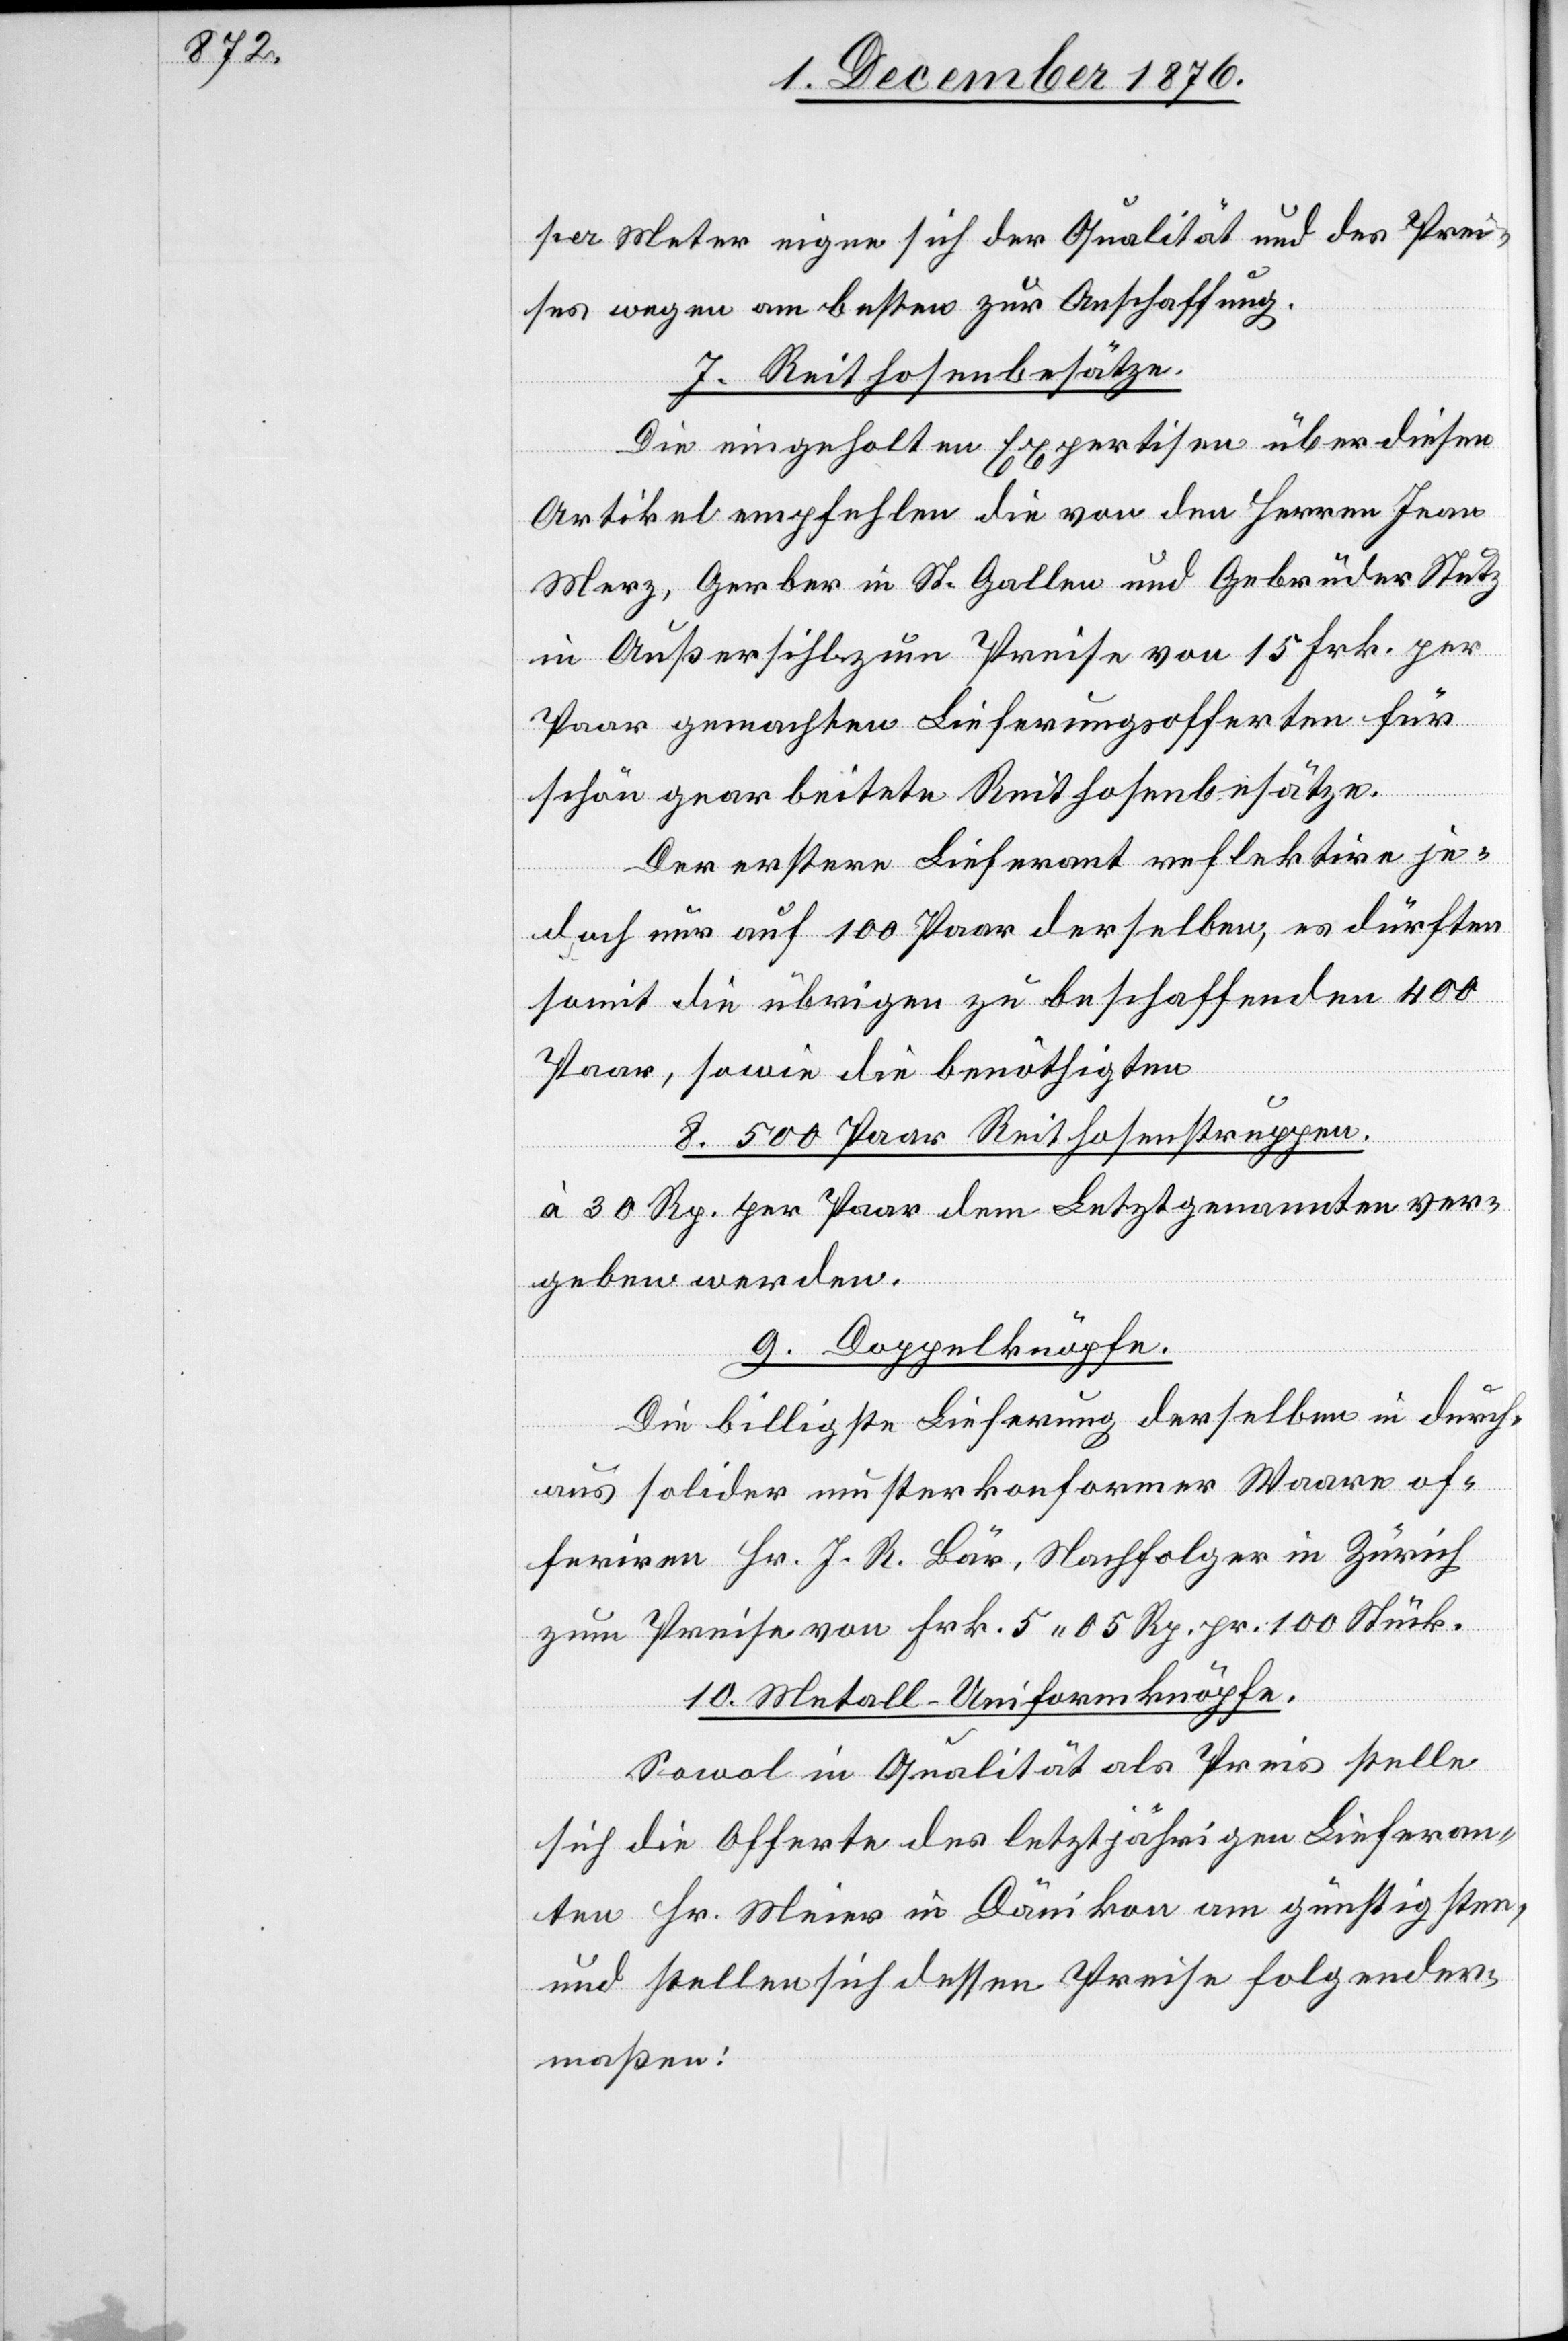
per Meter eigne sich der Qualität und des Prei¬
ses wegen am besten zur Anschaffung.
7. Reithosenbesätze.
Die eingeholten Expertisen über diesen
Artikel empfehlen die von den Herren Jean
Merz, Gerber in St. Gallen und Gebrüder Stutz
in Außersihl zum Preise von 15 Frk. per
Paar gemachten Lieferungsofferten für
schön gearbeitete Reithosenbesätze.
Der erstere Lieferant reflektire je¬
doch nur auf 100 Paar derselben, es dürften
somit die übrigen zu beschaffenden 400
Paar, sowie die benöthigten
8. 500 Paar Reithosenstruppen.
à 30 Rp. per paar dem Letztgenannten ver¬
geben werden.
Doppelknöpfe.
Die billigste Lieferung derselben in durch¬
aus solider musterkonformer Waare of¬
feriren Hr. J. R. Bär, Nachfolger in Zürich
zum Preise von Frk. 5 05 Rp. pr. 100 Stück.
10. Metall-Uniformknöpfe.
Sowol in Qualität als Preis stelle
sich die Offerte des letztjährigen Lieferan¬
ten Hr. Meier in Dänikon am günstigsten,
und stellen sich dessen Preise folgender¬
maßen: